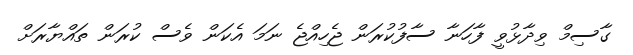
ގާސިމް ވިދާޅުވީ ފާހަނާ ސާފުކުރަން ޖެހިއްޖެ ނަމަ އެކަން ވެސް ކުރަން ތައްޔާރަށް